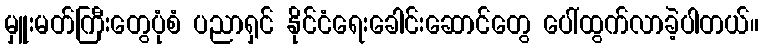
မှူးမတ်ကြီးတွေပုံစံ ပညာရှင် နိုင်ငံရေးခေါင်းဆောင်တွေ ပေါ်ထွက်လာခဲ့ပါတယ်။